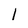
Character: l